Sketch of the medical history of the native army of Bombay, for the year
Year: 1875
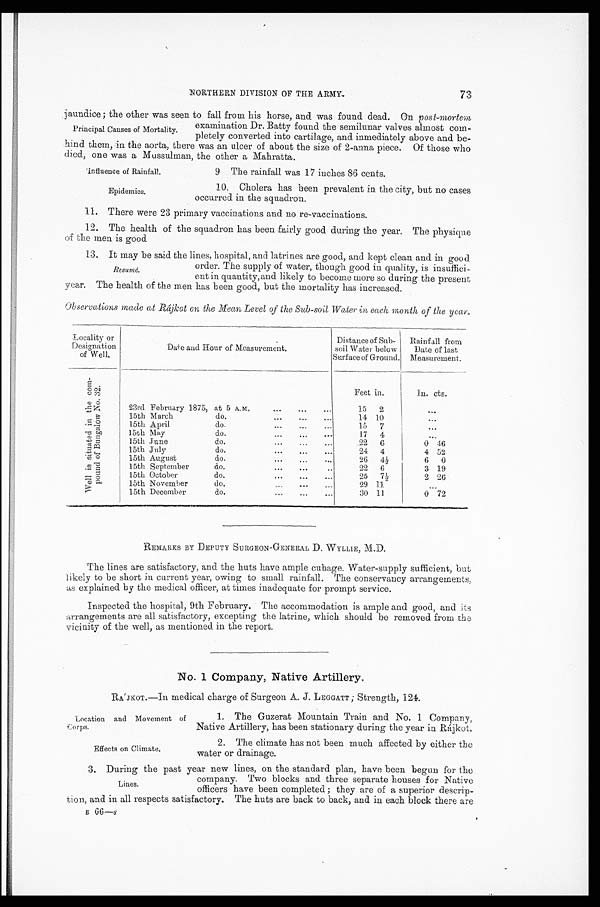
Location and Movement of
Corps.
Effects on Climate.
NORTHERN DIVISION OF THE ARMY. 73
jaundice; the other was seen to fall from his horse, and was found dead. On post-mortem,
examination Dr. Batty found the semilunar valves almost co
m-pletely converted into cartilage, and inmediately above and b
e-hind them, in the aorta, there was an ulcer of about the size of 2-anna piece. Of those who
died, one was a Mussulman, the other a Mahratta.
Principal Causes of Mortality.
Influence of Rainfall.
Epidemics.
9 The rainfall was 17 inches 86 cents.
10. Cholera has been prevalent in the city, but no cases
occurred in the squadron.
11. There were 23 primary vaccinations and no re-vaccinations.
12. The health of the squadron has been fairly good during the year. The physique
of the men is good
13. It may be said the lines, hospital, and latrines are good, and kept clean and in good
order. The supply of water, though good in quality, is insuffici-
ent in quantity, and likely to become more so during the present
year. The health of the men has been good, but the mortality has increased.
Observations made at Rájkot on the Mean Level of the Sub-soil Water in each month of the year.
L o c a l i t y o r D e s i g n a t i o n o f W e l l .
D a t e a n d H o u r o f M e a s u r e m e n t .
D i s t a n c e o f S u b - s o i l W a t e r b e l o w S u r f a c e o f G r o u n d .
R a i n f a l l f r o m D a t e o f l a s t M e a s u r e m e n t .
W e l l i s s i t u a t e d i n t h e c o m - p o u n d o f B u n g a l o w N o . 3 2 .
F e e t i n .
I n . c t s .
23rd February 1875, at 5 A. M.
1 5
2
. . .
15th March do.
1 4
1 0
. . .
15th April do.
1 5
7
. . .
15th May do.
1 7
4
. . .
15th June do.
2 2
6
0
4 6
15th July do.
2 4
4
4 5 2
15th August do.
2 6
4 ½
6
0
15th September do.
2 2
6
3 1 9
15th October do.
2 5
7 ½
2 2 6
15th November do.
2 9
1 1
. . .
15th December do.
3 0
1 1
0 7 2
REMARKS BY DEPUTY SURGEON-GENERAL D. WYLLIE, M.D.
The lines are satisfactory, and the huts have ample cubage. Water-supply sufficient, but
likely to be short in current year, owing to small rainfall. The conservancy arrangements,
as explained by the medical officer, at times inadequate for prompt service.
Inspected the hospital, 9th February. The accommodation is ample and good, and its
arrangements are all satisfactory, excepting the latrine, which should be removed from the
vicinity of the well, as mentioned in the report.
No. 1 Company, Native Artillery.
RÁJKOT.—In medical charge of Surgeon A. J. LEGGATT; Strength, 124.
Resumé.
1. The Guzerat Mountain Train and No. 1 Company,
Native Artillery, has been stationary during the year in Rájkot.
2. The climate has not been much affected by either the
water or drainage.
3. During the past year new lines, on the standard plan, have been begun for the
company. Two blocks and three separate houses for Native
officers have been completed; they are of a superior descrip
-tion, and in all respects satisfactory. The huts are back to back, and in each block there are
B 66—s
Lines.